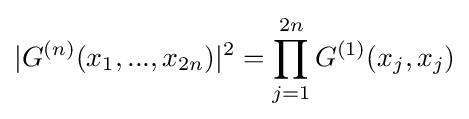
|G^{(n)}(x_{1},...,x_{2n})|^{2}=\prod \limits _{j=1}^{2n}G^{(1)}(x_{j},x_{j})